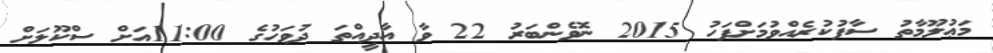
މަޢުލޫމާތު ސާފުކުރެއްވުމަށްފަހު 2015 ނޮވެންބަރު 22 ވާ އާދީއްތަ ދުވަހުގެ 11:00އަށް ސްކޫލަށް